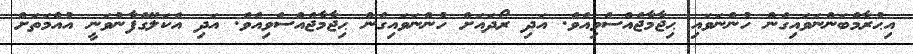
އިޙުރާމްބަންނަވައިގެން ހުންނަވައި ޙިޖާމާޖެއްސެވިއެވެ. އަދި ރޯދައަށް ހުންނަވައިގެން ޙިޖާމާޖެއްސެވިއެވެ. އަދި އެކަލޭގެފާނުވަނީ އުއްމަތަށް